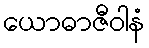
ယောဓာဇီဝါနံ